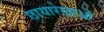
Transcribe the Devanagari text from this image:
छायारेखाओं